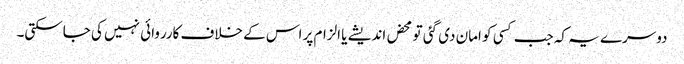
دوسرے یہ کہ جب کسی کو امان دی گئی تو محض اندیشے یا الزام پر اس کے خلاف کارروائی نہیں کی جاسکتی۔